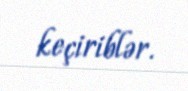
keçiriblər.